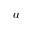
a